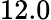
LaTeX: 12.0